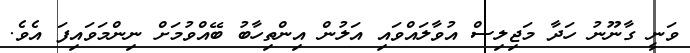
ވަނީ ގާނޫނު ހަދާ މަޖިލިސް އުވާލައްވައި އަލުން އިންތިހާބު ބޭއްވުމަށް ނިންމަވައިފަ އެވެ.